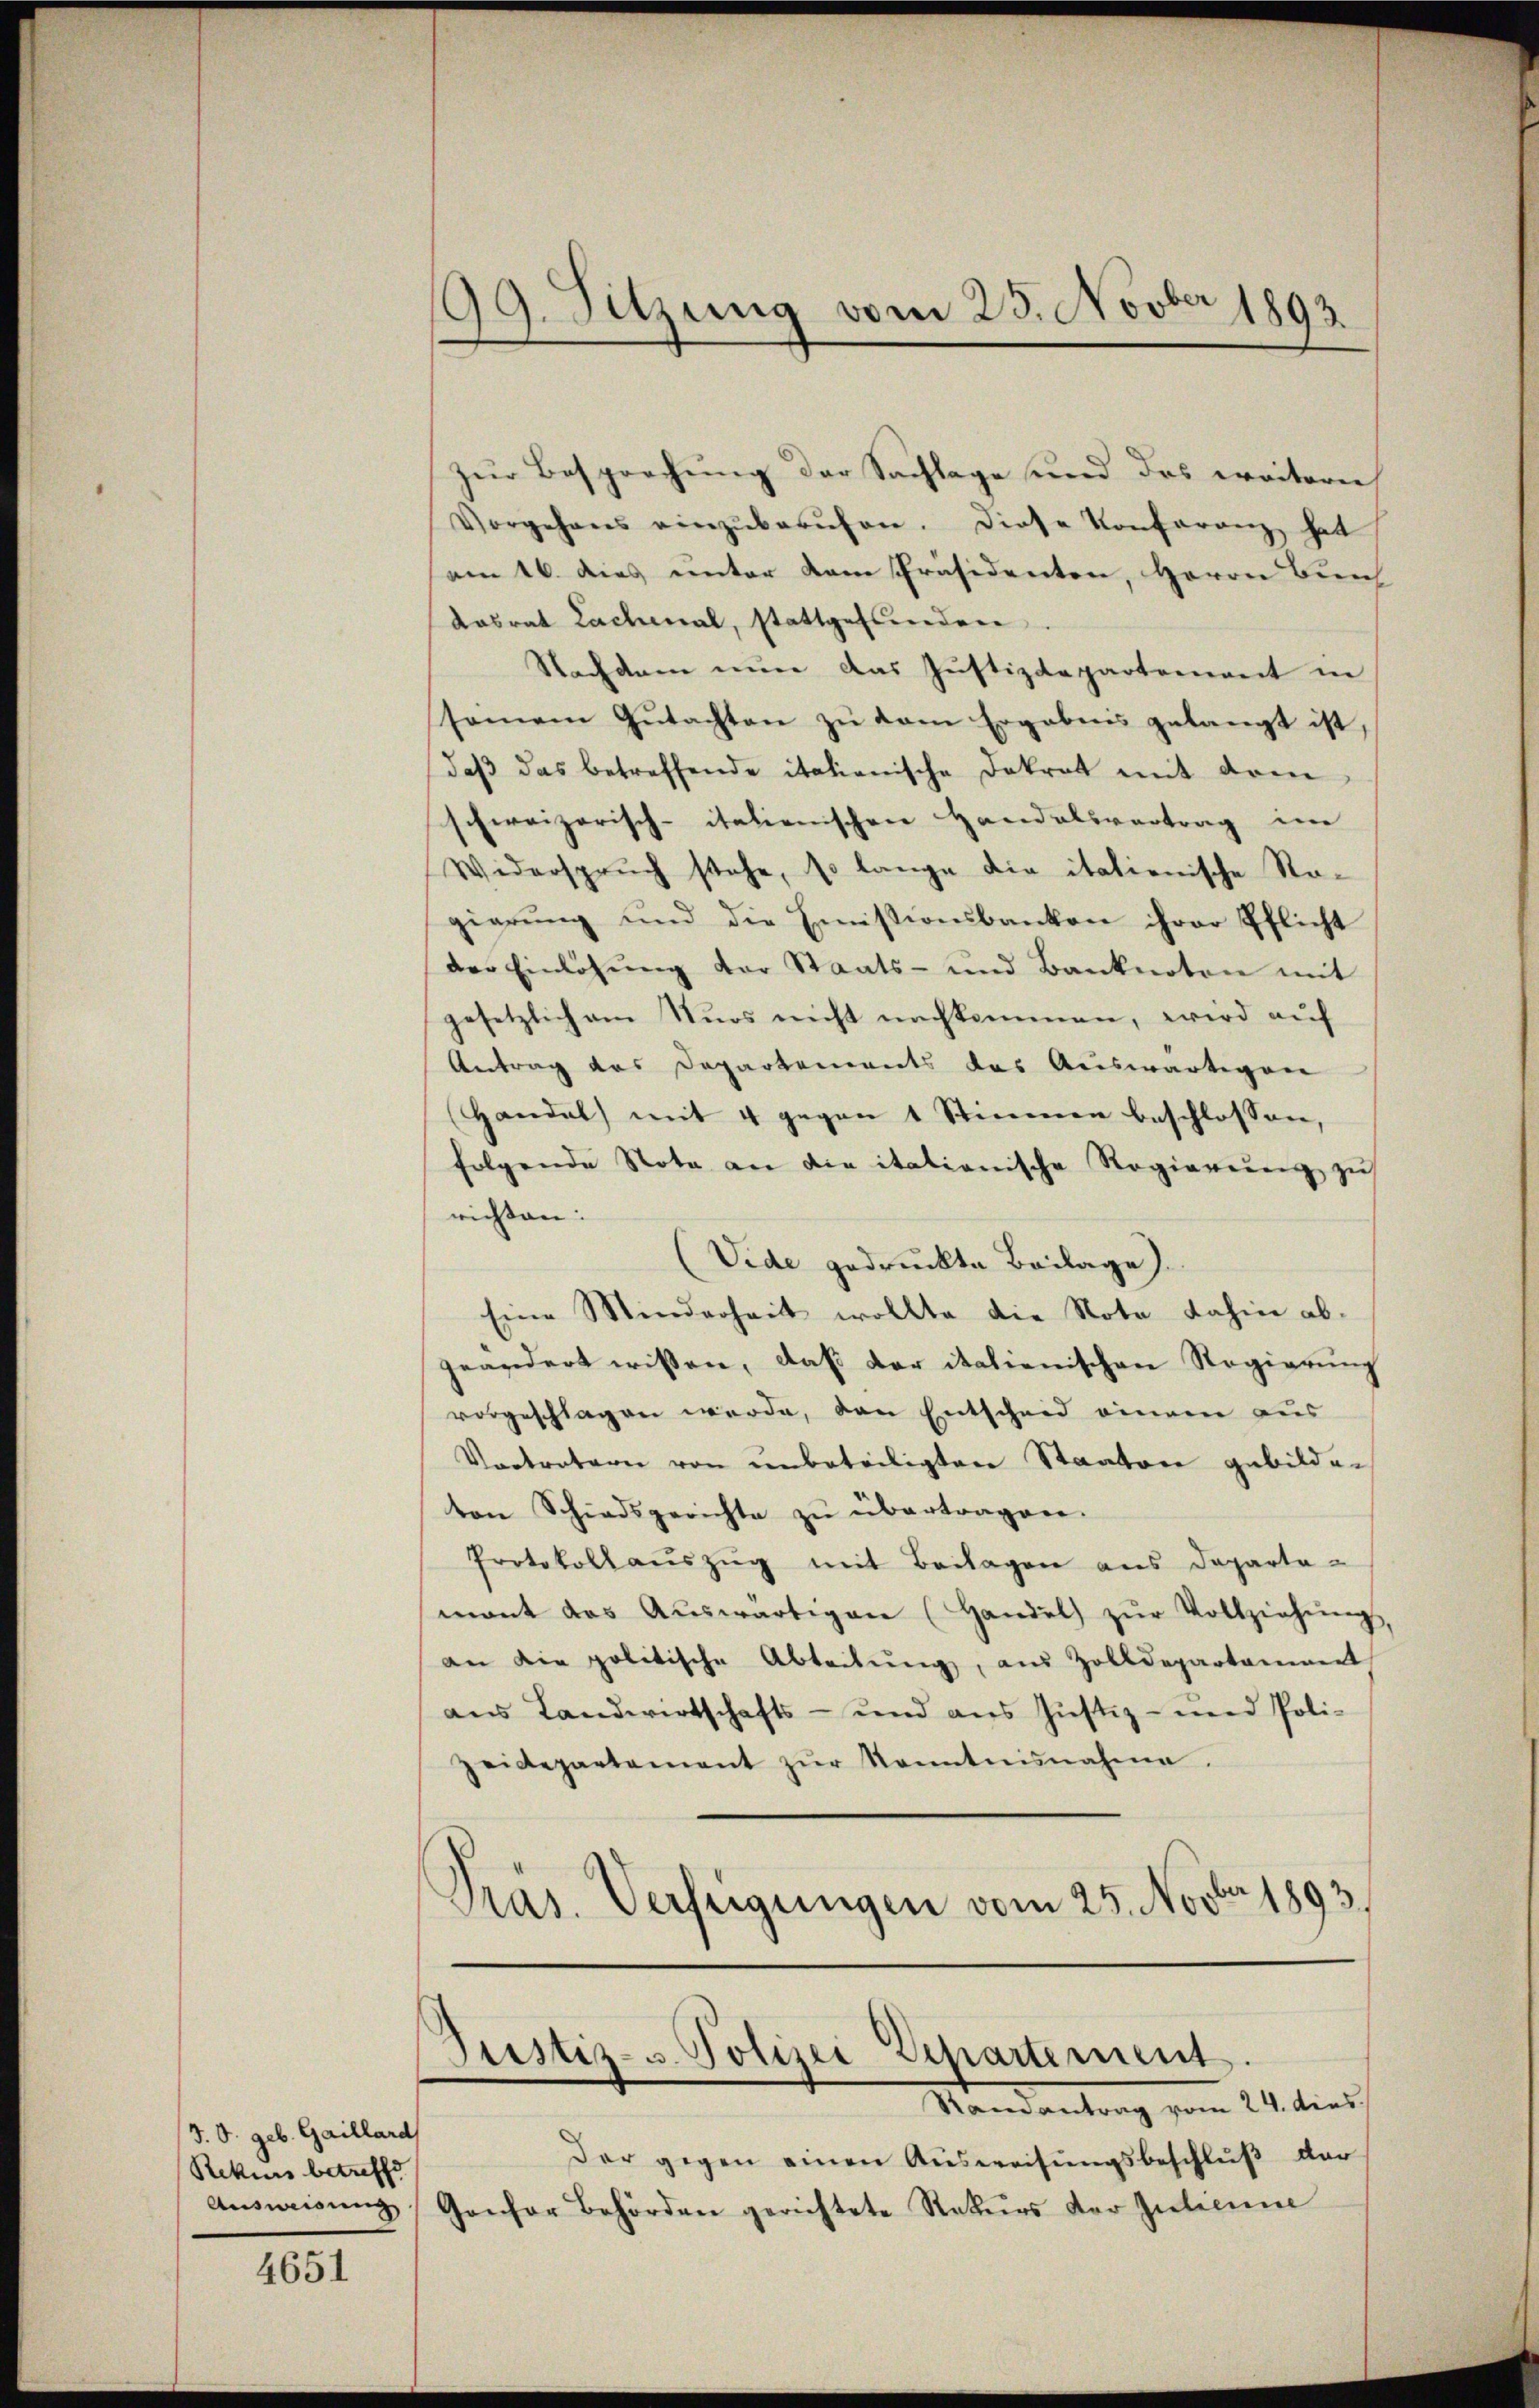
d. O. geb. Gaillard
Rekurs betreffe

4651

199. Sitzung vom 25. Novber 1893.

Zur Besprechung der Sachlage und des weitern
Vorgehens einzŭberŭfen. Diese Konferenz hat
am 16. dies unter dem Präsidenten, Herrn Bun
Kasrat Lachmal, stattgefunden
Nachdem nun das Justizdepartement in
samem Gutachten zu dem Ergebnis gelangt ist,
daβ das betreffende italienische Dokrat mit dem
schweizerisch-italienischen Handelsvertrag im
Widerspruch stehe, so lange die italienische Rogierung und die Emissionsbanken ihrer Pflicht
der Einlösung der Staats- und Banknoten mit
gesetzlich am Nuos nicht nachkommen, wird auf
Antrag des Departements das Auswärtigen
Handel mit 4 gegen 1 Stimmen beschlossen,
folgende Nota an die itationische Regieren zŭ
richten:
(Vide gedruckte Beilage).
Eine Minderheit wollte die Note dahin ab-
geändert wissen, daß der italienischen Regierung
vorgeschlagen werde, den Entscheid einem aus
Vortretern von unbeteiligten Staaten gebilden
ton Schiedsgerichte zŭ übertragen.
Protokoll aŭszŭg mit Beilagen aus Departa-
mant das Aŭswärtigen (Handel zŭr Vollziehŭng,
an die politische Abteilŭng, aus Zolldepartamiert
aŭs Landwirtschafts- und aus Justiz- und Poli-
zeidepartement zŭr Kenntnisnahme.
Pras. Verfügungen vom 25. Novbr. 1893.

Justiz- u. Polizei Departement.
Mandantrag vom 24. dies

Der gegen einen Ausweisungsbeschluß der
Aŭsweisŭng, Gonfor Behörden gerichtete Rekurs der Inticum